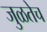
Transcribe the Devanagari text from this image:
जुळतेच